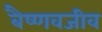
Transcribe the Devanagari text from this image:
बैष्णवजीव